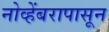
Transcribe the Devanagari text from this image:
नोव्हेंबरापासून